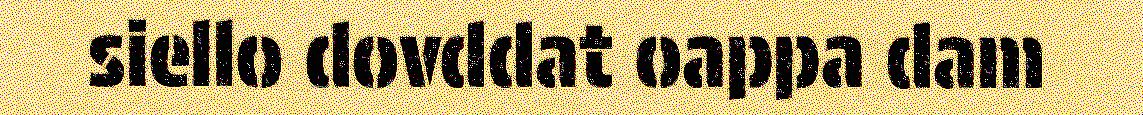
siello dovddat oappa dam